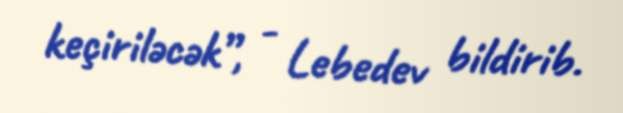
keçiriləcək”, - Lebedev bildirib.